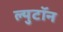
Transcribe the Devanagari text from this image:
ल्युटॉन